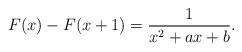
LaTeX: \begin{align*}F(x)-F(x+1)=\frac{1}{x^2+a x+b}.\end{align*}